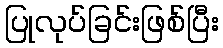
ပြုလုပ်ခြင်းဖြစ်ပြီး